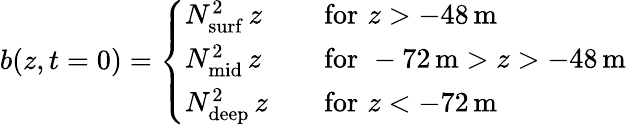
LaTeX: b(z,t=0)=\left\{ \begin{array}{ll}{N_{\mathrm{surf}}^{2}\, z}&{\quad\mathrm{for}\, \, z>-48\, \textrm{m}}\\ {N_{\mathrm{mid}}^{2}\, z}&{\quad\mathrm{for}\, \, -72\, \textrm{m}>z>-48\, \textrm{m}}\\ {N_{\mathrm{deep}}^{2}\, z}&{\quad\mathrm{for}\, \, z<-72\, \textrm{m}}\end{array}\right.